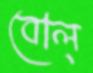
বোল্